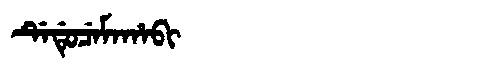
Manchu: ᡩᡝᡩᡠᠴᡝᠮᠠᡥᠠᠪᡳ
Romanization: DEDUCEMAHABI